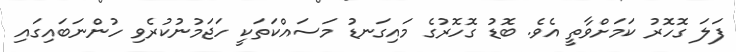
ފަލަ ގޮހޮރު ކަމަށްވާތީ އެވެ. ބޮޑު ގޮހޮރުގެ މައިގަނޑު މަސައްކަތަކީ ހަޖަމުނުކުރެވި ހުންނަބައިގައި